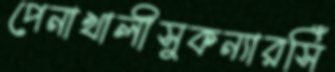
পেনাখালীসুকন্যারসিঁ